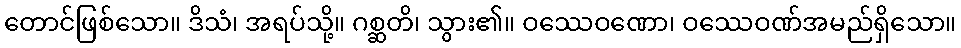
တောင်ဖြစ်သော။ ဒိသံ၊ အရပ်သို့။ ဂစ္ဆတိ၊ သွား၏။ ဝဿေဝဏော၊ ဝဿေဝဏ်အမည်ရှိသော။